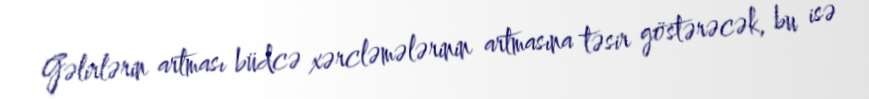
Gəlirlərin artması büdcə xərcləmələrinin artmasına təsir göstərəcək, bu isə